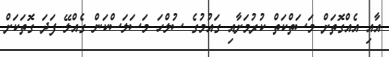
އާއި އެއްގޮތަށް މަސަތްކަތް ކުރުމަށާއި ގައުމުގެ ސުލްހަ މަސަލަސްކަން ގެއްލޭ ފަދަ ގޮތަކަށް